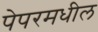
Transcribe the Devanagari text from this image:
पेपरमधील